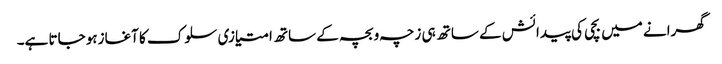
گھرانے میں بچی کی پیدائش کے ساتھ ہی زچہ و بچہ کے ساتھ امتیازی سلوک کا آغازہو جاتا ہے۔